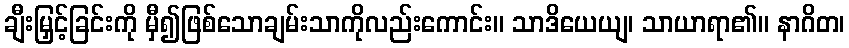
ချီးမြှင့်ခြင်းကို မှီ၍ဖြစ်သောချမ်းသာကိုလည်းကောင်း။ သာဒိယေယျ၊ သာယာရာ၏။ နာဂိတ၊